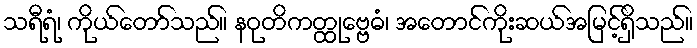
သရီရံ၊ ကိုယ်တော်သည်။ နဝုတိကတ္ထုဗ္ဗေဓံ၊ အတောင်ကိုးဆယ်အမြင့်ရှိသည်။